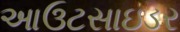
આઉટસાઇડર